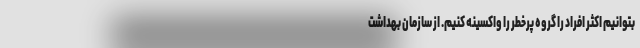
بتوانیم اکثر افراد را گروه پرخطر را واکسینه کنیم. از سازمان بهداشت